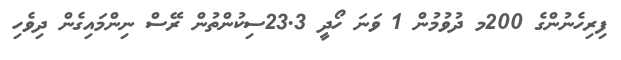
ފިރިހެނުންގެ 200މ ދުވުމުން 1 ވަނަ ހޯދީ 23.3ސިކުންތުން ރޭސް ނިންމައިގެން ދިވެހި